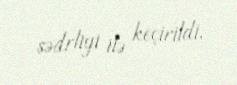
sədrliyi ilə keçirildi.